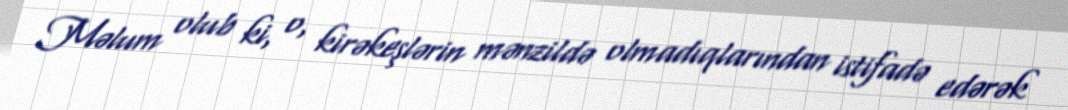
Məlum olub ki, o, kirəkeşlərin mənzildə olmadıqlarından istifadə edərək